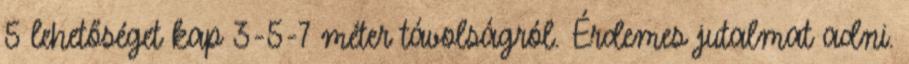
5 lehetőséget kap 3-5-7 méter távolságról. Érdemes jutalmat adni.